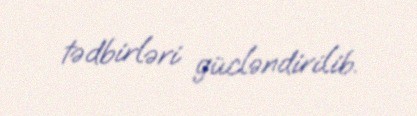
tədbirləri gücləndirilib.